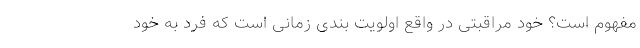
مفهوم است؟ خود مراقبتی در واقع اولویت بندی زمانی است که فرد به خود